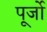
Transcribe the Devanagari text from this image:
पूर्जो